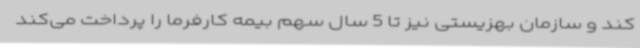
کند و سازمان بهزیستی نیز تا 5 سال سهم بیمه کارفرما را پرداخت می‌کند